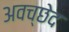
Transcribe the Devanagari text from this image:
अवच्छेद